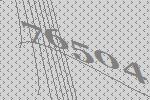
76504